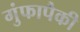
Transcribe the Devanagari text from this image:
गुंफापैकी